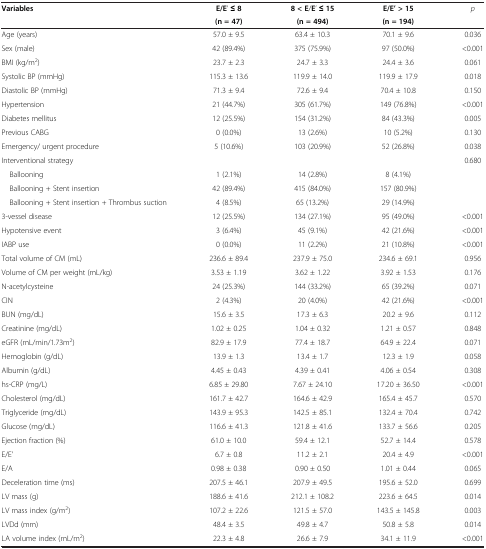
<table><thead><tr><td rowspan="2"><b>Variables</b></td><td><b>E/E’ ≤ 8</b></td><td><b>8 &lt;E/E’ ≤ 15</b></td><td><b>E/E’ &gt;15</b></td><td rowspan="2"><b><i>p</i></b></td></tr><tr><td><b>(n = 47)</b></td><td><b>(n = 494)</b></td><td><b>(n = 194)</b></td></tr></thead><tbody><tr><td>Age (years)</td><td>57.0 ± 9.5</td><td>63.4 ± 10.3</td><td>70.1 ± 9.6</td><td>0.036</td></tr><tr><td>Sex (male)</td><td>42 (89.4%)</td><td>375 (75.9%)</td><td>97 (50.0%)</td><td>&lt;0.001</td></tr><tr><td>BMI (kg/m<sup>2</sup>)</td><td>23.7 ± 2.3</td><td>24.7 ± 3.3</td><td>24.4 ± 3.6</td><td>0.061</td></tr><tr><td>Systolic BP (mmHg)</td><td>115.3 ± 13.6</td><td>119.9 ± 14.0</td><td>119.9 ± 17.9</td><td>0.018</td></tr><tr><td>Diastolic BP (mmHg)</td><td>71.3 ± 9.4</td><td>72.6 ± 9.4</td><td>70.4 ± 10.8</td><td>0.150</td></tr><tr><td>Hypertension</td><td>21 (44.7%)</td><td>305 (61.7%)</td><td>149 (76.8%)</td><td>&lt;0.001</td></tr><tr><td>Diabetes mellitus</td><td>12 (25.5%)</td><td>154 (31.2%)</td><td>84 (43.3%)</td><td>0.005</td></tr><tr><td>Previous CABG</td><td>0 (0.0%)</td><td>13 (2.6%)</td><td>10 (5.2%)</td><td>0.130</td></tr><tr><td>Emergency/ urgent procedure</td><td>5 (10.6%)</td><td>103 (20.9%)</td><td>52 (26.8%)</td><td>0.038</td></tr><tr><td>Interventional strategy</td><td> </td><td> </td><td> </td><td>0.680</td></tr><tr><td> Ballooning</td><td>1 (2.1%)</td><td>14 (2.8%)</td><td>8 (4.1%)</td><td> </td></tr><tr><td> Ballooning + Stent insertion</td><td>42 (89.4%)</td><td>415 (84.0%)</td><td>157 (80.9%)</td><td> </td></tr><tr><td> Ballooning + Stent insertion + Thrombus suction</td><td>4 (8.5%)</td><td>65 (13.2%)</td><td>29 (14.9%)</td><td> </td></tr><tr><td>3-vessel disease</td><td>12 (25.5%)</td><td>134 (27.1%)</td><td>95 (49.0%)</td><td>&lt;0.001</td></tr><tr><td>Hypotensive event</td><td>3 (6.4%)</td><td>45 (9.1%)</td><td>42 (21.6%)</td><td>&lt;0.001</td></tr><tr><td>IABP use</td><td>0 (0.0%)</td><td>11 (2.2%)</td><td>21 (10.8%)</td><td>&lt;0.001</td></tr><tr><td>Total volume of CM (mL)</td><td>236.6 ± 89.4</td><td>237.9 ± 75.0</td><td>234.6 ± 69.1</td><td>0.956</td></tr><tr><td>Volume of CM per weight (mL/kg)</td><td>3.53 ± 1.19</td><td>3.62 ± 1.22</td><td>3.92 ± 1.53</td><td>0.176</td></tr><tr><td>N-acetylcysteine</td><td>24 (25.3%)</td><td>144 (33.2%)</td><td>65 (39.2%)</td><td>0.071</td></tr><tr><td>CIN</td><td>2 (4.3%)</td><td>20 (4.0%)</td><td>42 (21.6%)</td><td>&lt;0.001</td></tr><tr><td>BUN (mg/dL)</td><td>15.6 ± 3.5</td><td>17.3 ± 6.3</td><td>20.2 ± 9.6</td><td>0.112</td></tr><tr><td>Creatinine (mg/dL)</td><td>1.02 ± 0.25</td><td>1.04 ± 0.32</td><td>1.21 ± 0.57</td><td>0.848</td></tr><tr><td>eGFR (mL/min/1.73m<sup>2</sup>)</td><td>82.9 ± 17.9</td><td>77.4 ± 18.7</td><td>64.9 ± 22.4</td><td>0.071</td></tr><tr><td>Hemoglobin (g/dL)</td><td>13.9 ± 1.3</td><td>13.4 ± 1.7</td><td>12.3 ± 1.9</td><td>0.058</td></tr><tr><td>Albumin (g/dL)</td><td>4.45 ± 0.43</td><td>4.39 ± 0.41</td><td>4.06 ± 0.54</td><td>0.308</td></tr><tr><td>hs-CRP (mg/L)</td><td>6.85 ± 29.80</td><td>7.67 ± 24.10</td><td>17.20 ± 36.50</td><td>&lt;0.001</td></tr><tr><td>Cholesterol (mg/dL)</td><td>161.7 ± 42.7</td><td>164.6 ± 42.9</td><td>165.4 ± 45.7</td><td>0.570</td></tr><tr><td>Triglyceride (mg/dL)</td><td>143.9 ± 95.3</td><td>142.5 ± 85.1</td><td>132.4 ± 70.4</td><td>0.742</td></tr><tr><td>Glucose (mg/dL)</td><td>116.6 ± 41.3</td><td>121.8 ± 41.6</td><td>133.7 ± 56.6</td><td>0.205</td></tr><tr><td>Ejection fraction (%)</td><td>61.0 ± 10.0</td><td>59.4 ± 12.1</td><td>52.7 ± 14.4</td><td>0.578</td></tr><tr><td>E/E&#x27;</td><td>6.7 ± 0.8</td><td>11.2 ± 2.1</td><td>20.4 ± 4.9</td><td>&lt;0.001</td></tr><tr><td>E/A</td><td>0.98 ± 0.38</td><td>0.90 ± 0.50</td><td>1.01 ± 0.44</td><td>0.065</td></tr><tr><td>Deceleration time (ms)</td><td>207.5 ± 46.1</td><td>207.9 ± 49.5</td><td>195.6 ± 52.0</td><td>0.699</td></tr><tr><td>LV mass (g)</td><td>188.6 ± 41.6</td><td>212.1 ± 108.2</td><td>223.6 ± 64.5</td><td>0.014</td></tr><tr><td>LV mass index (g/m<sup>2</sup>)</td><td>107.2 ± 22.6</td><td>121.5 ± 57.0</td><td>143.5 ± 145.8</td><td>0.003</td></tr><tr><td>LVDd (mm)</td><td>48.4 ± 3.5</td><td>49.8 ± 4.7</td><td>50.8 ± 5.8</td><td>0.014</td></tr><tr><td>LA volume index (mL/m<sup>2</sup>)</td><td>22.3 ± 4.8</td><td>26.6 ± 7.9</td><td>34.1 ± 11.9</td><td>&lt;0.001</td></tr></tbody></table>